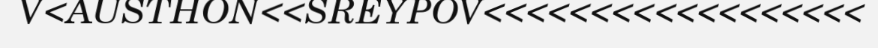
V<AUSTHON<<SREYPOV<<<<<<<<<<<<<<<<<<